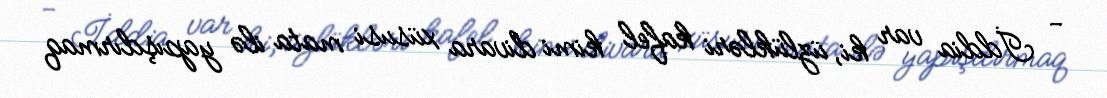
- İddia var ki, üzlükləri kafel kimi divara xüsusi mata ilə yapışdırmaq